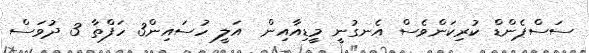
ސަސްޕެންޑް ކުރިކަންވެސް އެނގުނީ މީޑިއާއިން  އަލީ ހުސައިން3 ހަފްތާ 3 ދުވަސް